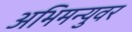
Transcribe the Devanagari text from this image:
अभिमन्युवर